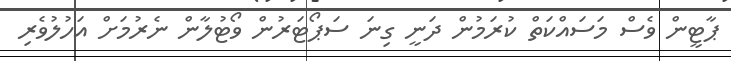
ޕާޓީން ވެސް މަސައްކަތް ކުރަމުން ދަނީ ގިނަ ސަޕޯޓަރުން ވޯޓުލާން ނެރުމަށް އަހުލުވެރި